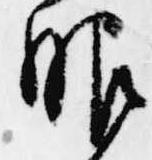
服